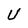
Character: U